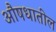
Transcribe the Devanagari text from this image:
औषधातील